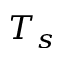
T _ { s }